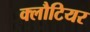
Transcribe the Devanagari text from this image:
क्लौटियर